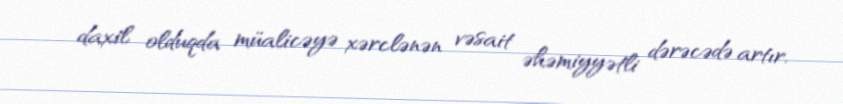
daxil olduqda müalicəyə xərclənən vəsait əhəmiyyətli dərəcədə artır.